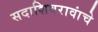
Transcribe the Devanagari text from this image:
सदाशिवरावांचे